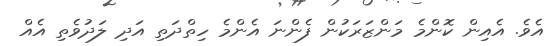
އެވެ. އެއިން ކޮންމެ މަންޒަރަކުން ފެންނަ އެންމެ ހިތްދަތި އަދި ލަދުވެތި އެއް